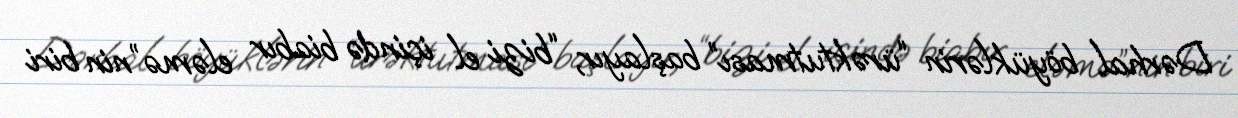
Dərhal böyüklərin “ürəktutması” başlayır, “bizi el içində biabır eləmə”nin biri